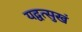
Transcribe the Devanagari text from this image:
यद्वत्सुखं